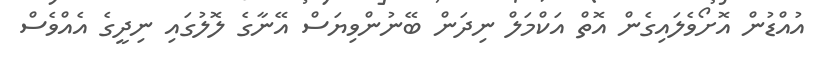
އުއްޑުން އޮށޯވެލައިގެން އޮތް އަކްމަލް ނިދަން ބޭނުންވިޔަސް އޭނާގެ ލޮލުގައި ނިދީގެ އެއްވެސް